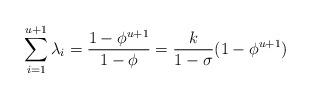
LaTeX: \begin{align*}\sum_{i=1}^{u+1}\lambda_i=\frac{1-\phi^{u+1}}{1-\phi}=\frac{k}{1-\sigma}(1-\phi^{u+1})\end{align*}